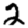
Digit: 2